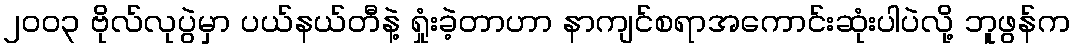
၂၀၀၃ ဗိုလ်လုပွဲမှာ ပယ်နယ်တီနဲ့ ရှုံးခဲ့တာဟာ နာကျင်စရာအကောင်းဆုံးပါပဲလို့ ဘူဖွန်က